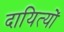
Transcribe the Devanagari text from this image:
दायित्यों